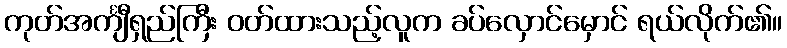
ကုတ်အင်္ကျီရှည်ကြီး ဝတ်ထားသည့်လူက ခပ်လှောင်မှောင် ရယ်လိုက်၏။